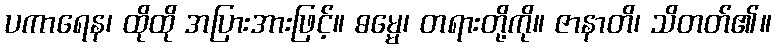
ပကာရေန၊ ထိုထို အပြားအားဖြင့်။ ဓမ္မေ၊ တရားတို့ကို။ ဇာနာတိ၊ သိတတ်၏။